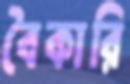
বৈকারি